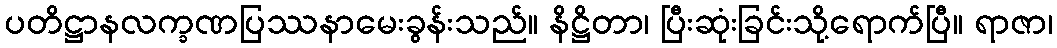
ပတိဋ္ဌာနလက္ခဏပြဿနာမေးခွန်းသည်။ နိဋ္ဌိတာ၊ ပြီးဆုံးခြင်းသို့ရောက်ပြီ။ ရာဇာ၊